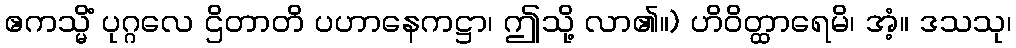
ဧကသ္မိံ ပုဂ္ဂလေ ဌိတာတိ ပဟာနေကဋ္ဌာ၊ ဤသို့ လာ၏။) ဟိဝိတ္ထာရေမိ၊ အံ့။ ဒသသု၊